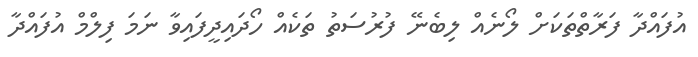
އުފައްދާ ފަރާތްތަކަށް ލޯނެއް ލިބެނޭ ފުރުސަތު ތަކެއް ހޯދައިދީފައިވާ ނަމަ ފިލްމް އުފައްދާ